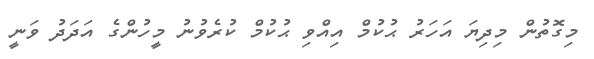
މިގޮތުން މިދިޔަ އަހަރު ޙުކުމް އިއްވި ޙުކުމް ކުރެވުނު މީހުންގެ އަދަދު ވަނީ